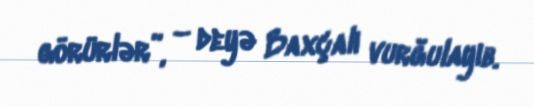
görürlər”, – deyə Baxçalı vurğulayıb.